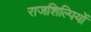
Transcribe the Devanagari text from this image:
राजशिल्पियों